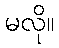
မလို။